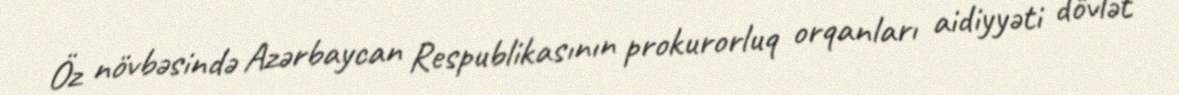
Öz növbəsində Azərbaycan Respublikasının prokurorluq orqanları aidiyyəti dövlət